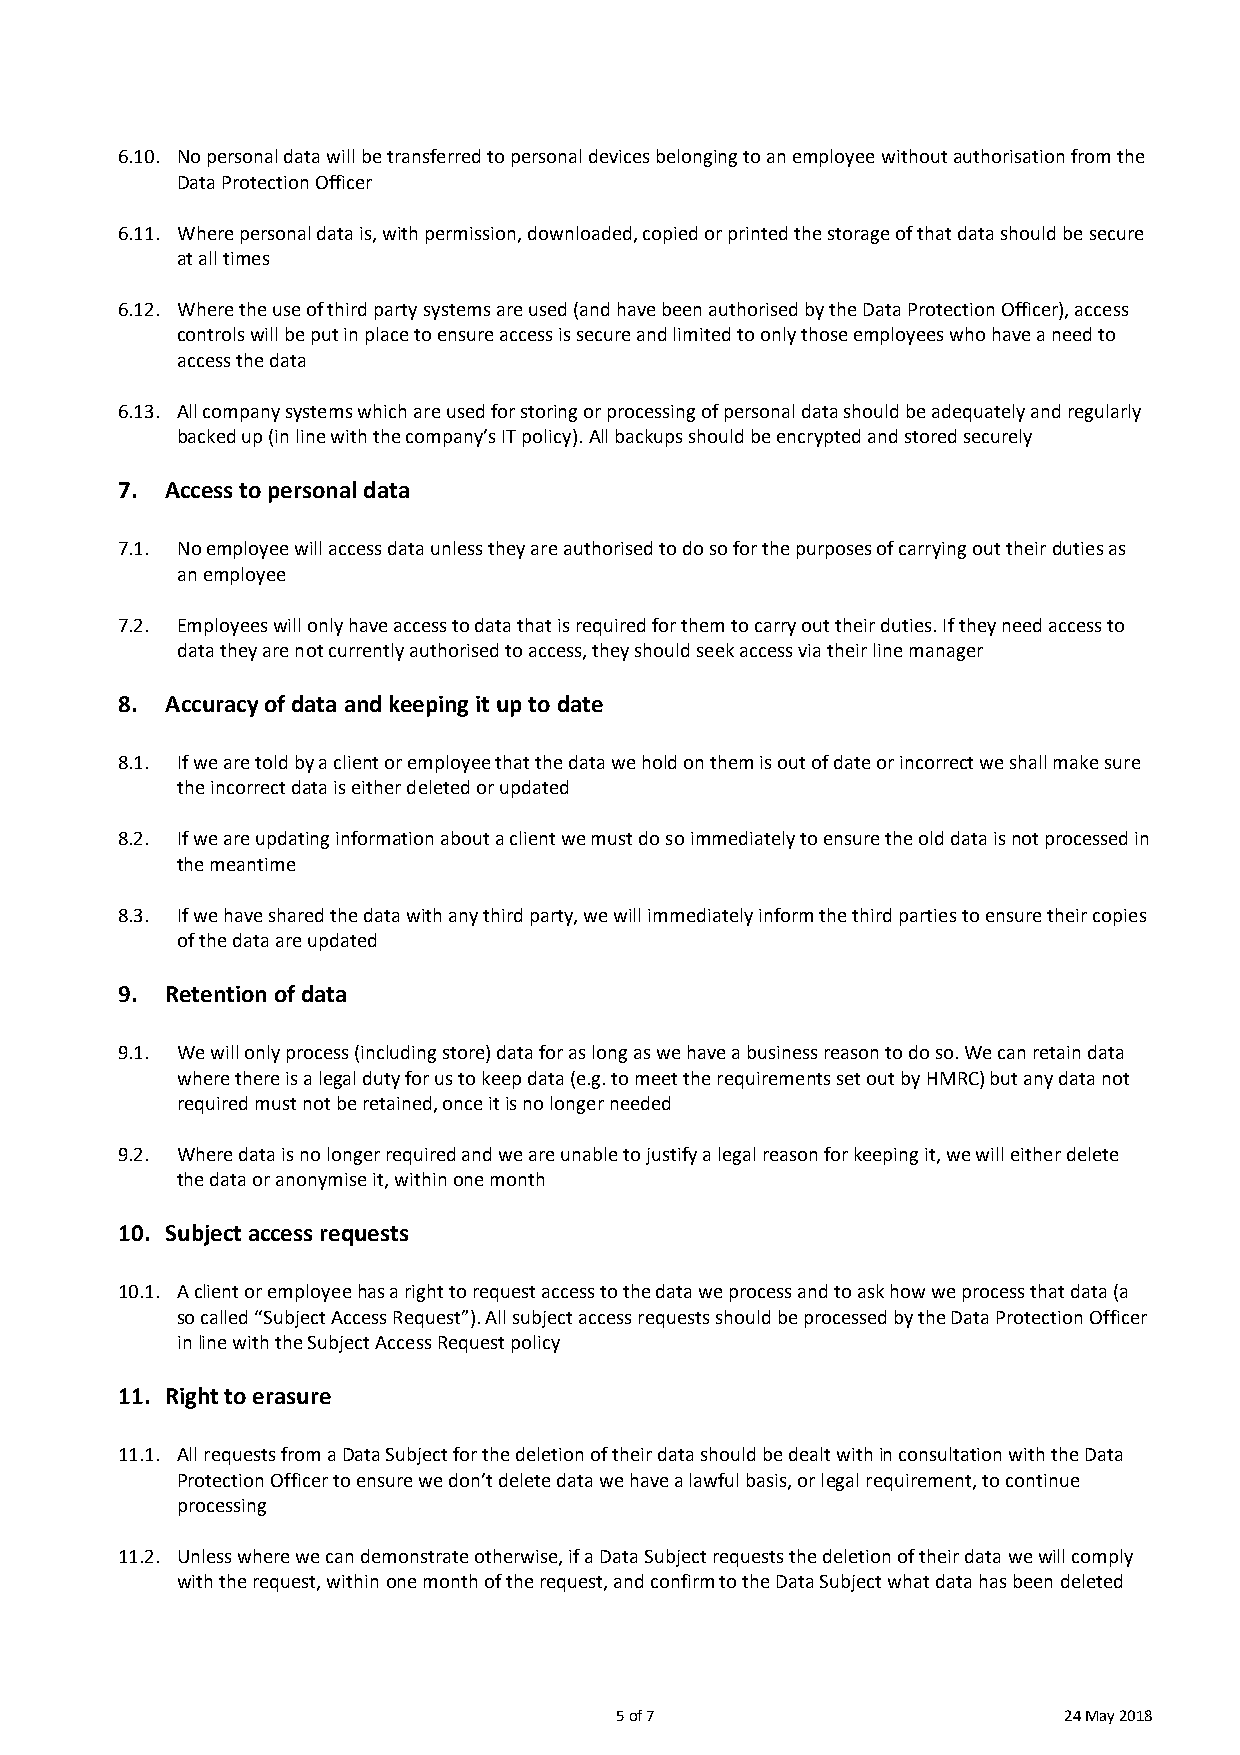
6.10. No personal data will be transferred to personal devices belonging to an employee without authorisation from the
 Data Protection Officer
 6.11. Where personal data is, with permission, downloaded, copied or printed the storage of that data should be secure
 at all times
 6.12. Where the use of third party systems are used (and have been authorised by the Data Protection Officer), access
 controls will be put in place to ensure access is secure and limited to only those employees who have a need to
 access the data
 6.13. All company systems which are used for storing or processing of personal data should be adequately and regularly
 backed up (in line with the company’s IT policy). All backups should be encrypted and stored securely
 7. Access to personal data
 7.1. No employee will access data unless they are authorised to do so for the purposes of carrying out their duties as
 an employee
 7.2. Employees will only have access to data that is required for them to carry out their duties. If they need access to
 data they are not currently authorised to access, they should seek access via their line manager
 8. Accuracy of data and keeping it up to date
 8.1. If we are told by a client or employee that the data we hold on them is out of date or incorrect we shall make sure
 the incorrect data is either deleted or updated
 8.2. If we are updating information about a client we must do so immediately to ensure the old data is not processed in
 the meantime
 8.3. If we have shared the data with any third party, we will immediately inform the third parties to ensure their copies
 of the data are updated
 9. Retention of data
 9.1. We will only process (including store) data for as long as we have a business reason to do so. We can retain data
 where there is a legal duty for us to keep data (e.g. to meet the requirements set out by HMRC) but any data not
 required must not be retained, once it is no longer needed
 9.2. Where data is no longer required and we are unable to justify a legal reason for keeping it, we will either delete
 the data or anonymise it, within one month
 10. Subject access requests
 10.1. A client or employee has a right to request access to the data we process and to ask how we process that data (a
 so called “Subject Access Request”). All subject access requests should be processed by the Data Protection Officer
 in line with the Subject Access Request policy
 11. Right to erasure
 11.1. All requests from a Data Subject for the deletion of their data should be dealt with in consultation with the Data
 Protection Officer to ensure we don’t delete data we have a lawful basis, or legal requirement, to continue
 processing
 11.2. Unless where we can demonstrate otherwise, if a Data Subject requests the deletion of their data we will comply
 with the request, within one month of the request, and confirm to the Data Subject what data has been deleted
 5 of 7                       24 May 2018